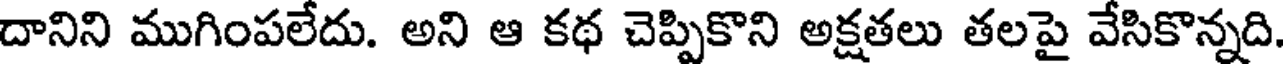
దానిని ముగింపలేదు. అని ఆ కథ చెప్పికొని అక్షతలు తలపై వేసికొన్నది